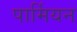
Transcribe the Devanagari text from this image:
पार्मियन